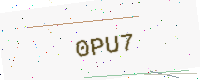
Text: 0PU7